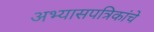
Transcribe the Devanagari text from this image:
अभ्यासपत्रिकांचे